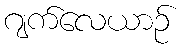
ဂျက်လေယာဉ်